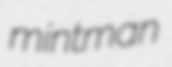
mintman